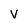
Character: V